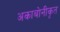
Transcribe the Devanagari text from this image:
अकाबोनीकृत